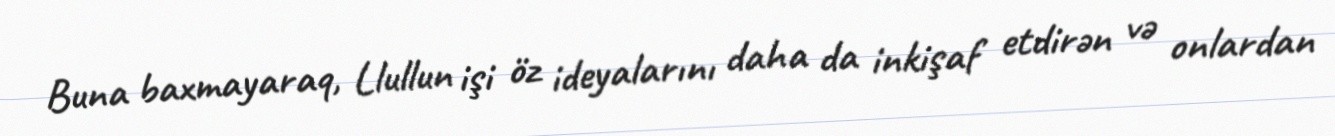
Buna baxmayaraq, Llullun işi öz ideyalarını daha da inkişaf etdirən və onlardan